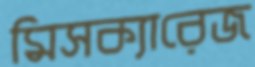
মিসক্যারেজ